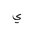
Letter: _ya